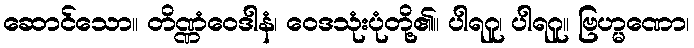
ဆောင်သော။ တိဏ္ဏံဝေဒါနံ၊ ဝေဒသုံးပုံတို့၏။ ပါရဂူ၊ ပါရဂူ။ ဗြဟ္မဏော၊